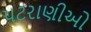
પટરાણીઓ